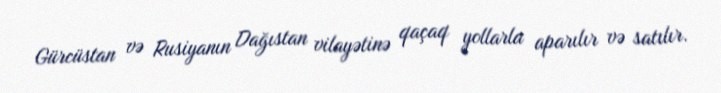
Gürcüstan və Rusiyanın Dağıstan vilayətinə qaçaq yollarla aparılır və satılır.